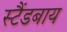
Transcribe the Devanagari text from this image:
स्टैंडबाय